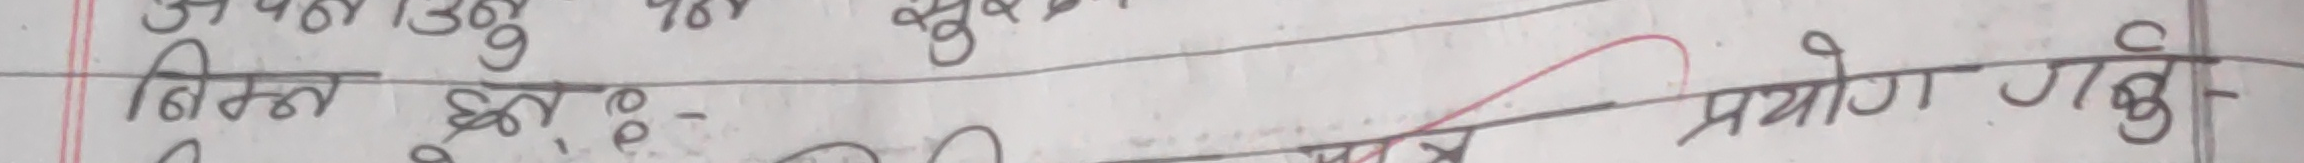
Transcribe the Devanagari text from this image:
विभिन्न हुने छन । प्रयोग गर्नुछ ।